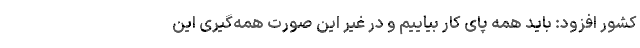
کشور افزود: باید همه پای کار بیاییم و در غیر این صورت همه‌گیری این